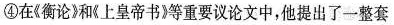
④在《衡论》和《上皇帝书》等重要议论文中，他提出了一整套